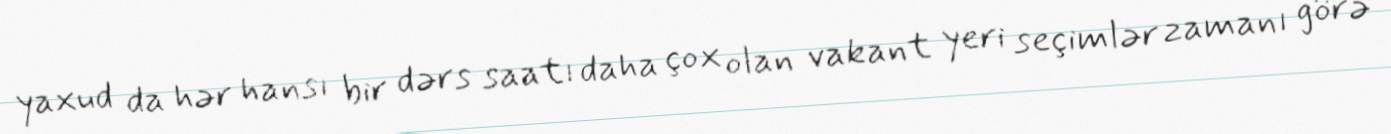
yaxud da hər hansı bir dərs saatı daha çox olan vakant yeri seçimlər zamanı görə